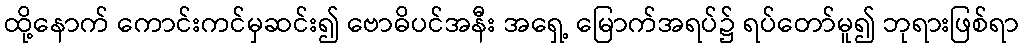
ထို့နောက် ကောင်းကင်မှဆင်း၍ ဗောဓိပင်အနီး အရှေ့ မြောက်အရပ်၌ ရပ်တော်မူ၍ ဘုရားဖြစ်ရာ